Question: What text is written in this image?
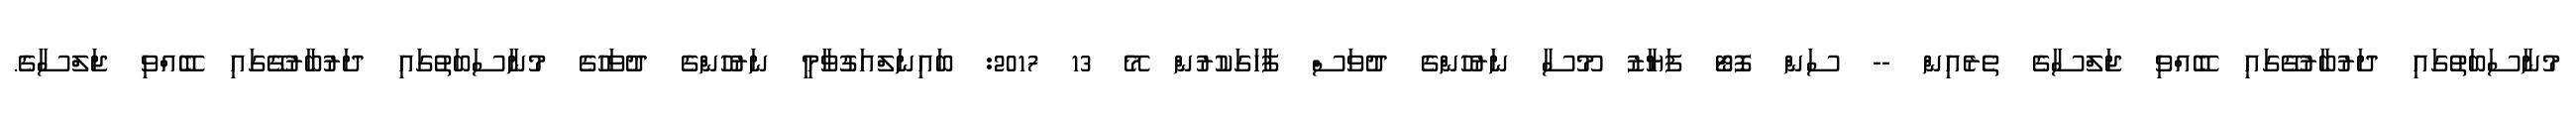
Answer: މުނާސަބަތުގައި ދަރުބާރުގޭގައި ބޭއްވި ޖަލްސާގެ ތެރެއިން -- ސަން ފޮޓޯ ފަޔާޒު މޫސާ ނަރުހުންގެ ދުވަސް ފާހަގަކުރުން މޭ 13 2017: ބައިނަލްއަގުވާމީ ނަރުހުންގެ ދުވަހުގެ މުނާސަބަތުގައި ދަރުބާރުގޭގައި ބޭއްވި ޖަލްސާގެ.